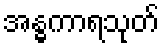
အန္ဓကာရသုတ်